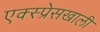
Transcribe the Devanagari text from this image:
एक्स्प्रेसखाली